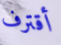
أقترف